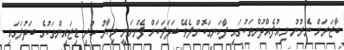
ބާޒަރަށް ނެރުނު މިއުފެއްދުންތަކުގައި ފާހަނގަކޮށްލެވޭ ބަދަލަކަށް ފެންނަނީ މިހާރު ހުރި ޑިޒައިންތަކުގެ ބަދުލަގައި